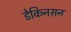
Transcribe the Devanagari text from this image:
डेकिनसन